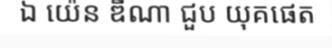
ឯ យ៉េន ឌីណា ជួប យុគផេត